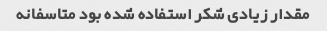
مقدار زیادی شکر استفاده شده بود متاسفانه